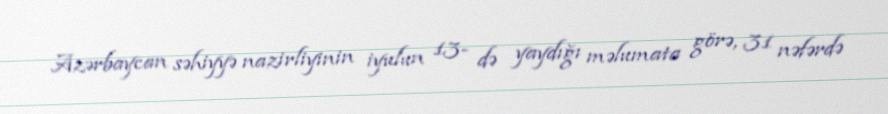
Azərbaycan səhiyyə nazirliyinin iyulun 13- də yaydığı məlumata görə, 31 nəfərdə